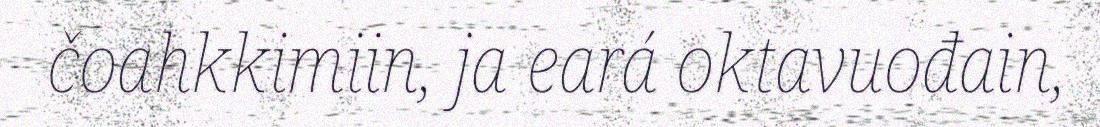
čoahkkimiin, ja eará oktavuođain,